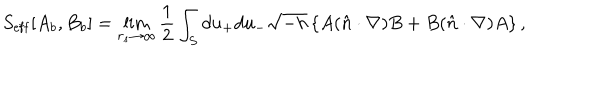
LaTeX: S _ { \mathrm { e f f } } [ A _ { b } , B _ { b } ] = \lim _ { r _ { s } \to \infty } { \frac { 1 } { 2 } } \int _ { S } d u _ { + } d u _ { - } \sqrt { - h } \left\{ A ( \hat { n } \cdot \nabla ) B + B ( \hat { n } \cdot \nabla ) A \right\} ,